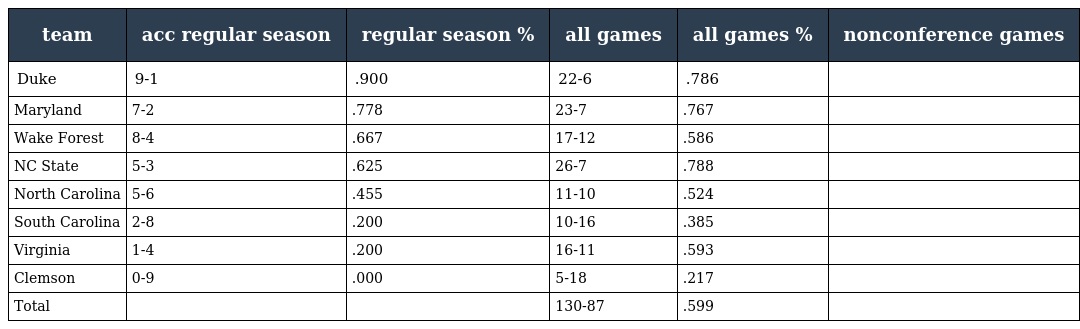
| team | acc regular season | regular season % | all games | all games % | nonconference games |
 | --- | --- | --- | --- | --- | --- |
 | Duke | 9-1 | .900 | 22-6 | .786 |  |
 | Maryland | 7-2 | .778 | 23-7 | .767 |  |
 | Wake Forest | 8-4 | .667 | 17-12 | .586 |  |
 | NC State | 5-3 | .625 | 26-7 | .788 |  |
 | North Carolina | 5-6 | .455 | 11-10 | .524 |  |
 | South Carolina | 2-8 | .200 | 10-16 | .385 |  |
 | Virginia | 1-4 | .200 | 16-11 | .593 |  |
 | Clemson | 0-9 | .000 | 5-18 | .217 |  |
 | Total |  |  | 130-87 | .599 |  |